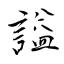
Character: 謚